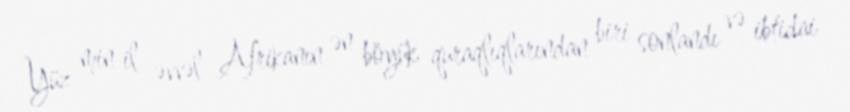
Yüz min il əvvəl Afrikanın ən böyük quraqlıqlarından biri sonlandı və ibtidai